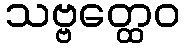
သဗ္ဗတ္ထေဝ